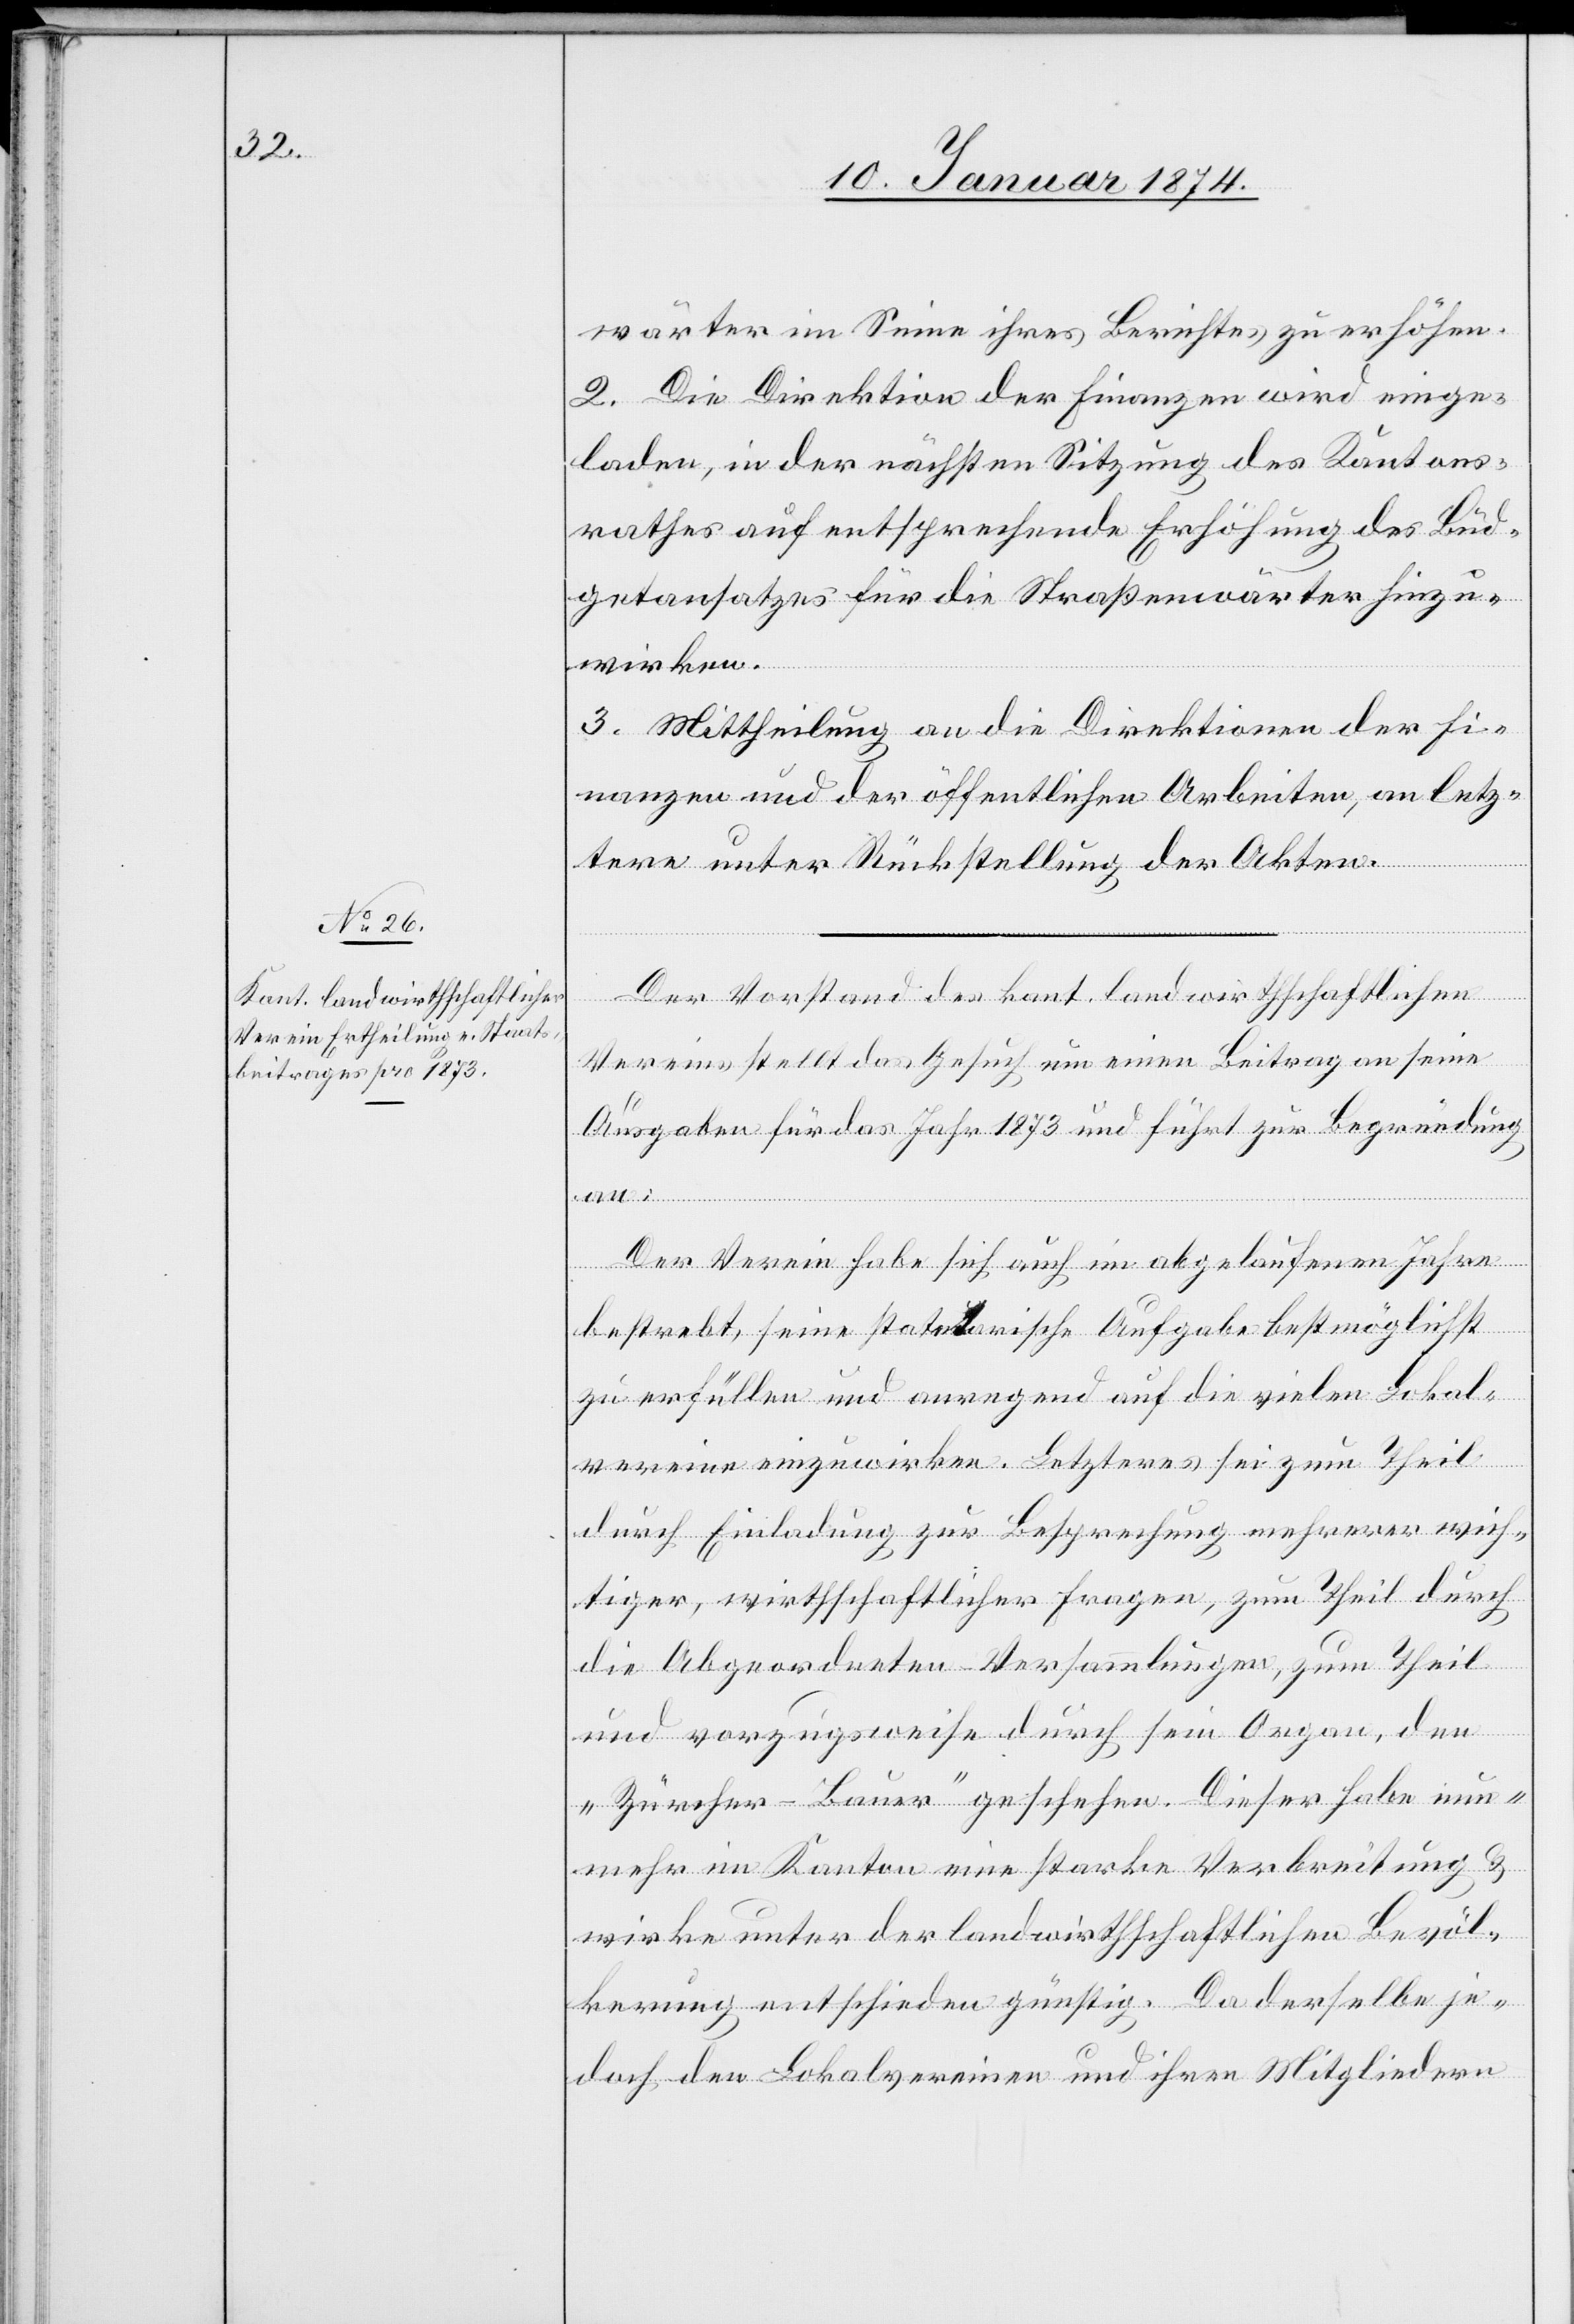
wärter im Sinne ihres Berichtes zu erhöhen.
2. Die Direktion der Finanzen wird einge¬
laden, in der nächsten Sitzung des Kantons¬
rathes auf entsprechende Erhöhung des Bud¬
getansatzes für die Straßenwärter hinzu¬
wirken.
3. Mittheilung an die Direktionen der Fi¬
nanzen und der öffentlichen Arbeiten, an letz¬
tere unter Rückstellung der Akten.
Der Vorstand des kant. landwirthschaftlichen
Vereins stellt das Gesuch, um einen Beitrag an seine
Ausgaben für das Jahr 1873 und führt zur Begründung
Der Verein habe sich auch im abgelaufenen Jahre
an:
bestrebt, seine statua-t-aarische Aufgabe bestmöglichst
zu erfüllen und anregend auf die vielen Lokal¬
vereine einzuwirken. Letzteres sei zum Theil
durch Einladung zur Besprechung mehrerer wich¬
tiger, wirthschaftlicher Fragen, zum Theil durch
die Abgeordneten Versammlungen, zum Theil
und vorzugsweise durch sein Organ, den
„Zürcher-Bauer“ geschehen. Dieser habe nun¬
mehr im Kanton eine starke Verbreitung &.
wirke unter der landwirthschaftlichen Bevöl¬
kerung entschieden günstig. Da derselbe je¬
doch den Lokalvereinen und ihren Mitgliedern